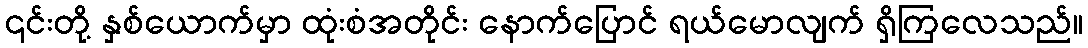
၎င်းတို့ နှစ်ယောက်မှာ ထုံးစံအတိုင်း နောက်ပြောင် ရယ်မောလျက် ရှိကြလေသည်။